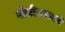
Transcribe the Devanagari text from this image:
भोळीबायको